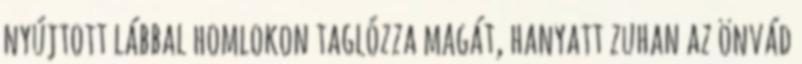
nyújtott lábbal homlokon taglózza magát, hanyatt zuhan az önvád